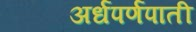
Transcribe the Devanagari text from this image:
अर्धपर्णपाती